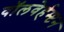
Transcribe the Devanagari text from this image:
वॉलवेर्हम्प्टन